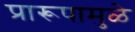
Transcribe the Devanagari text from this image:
प्रारूपामुळे